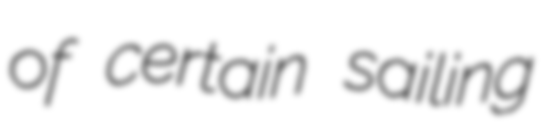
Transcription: of certain sailing